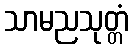
သာမညသုတ္တံ